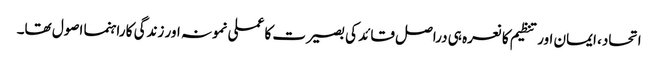
اتحاد، ایمان اور تنظیم کا نعرہ ہی دراصل قائد کی بصیرت کا عملی نمونہ اور زندگی کا راہنما اصول تھا۔